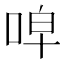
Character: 唕